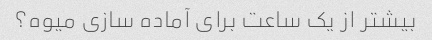
بیشتر از یک ساعت برای آماده سازی میوه؟